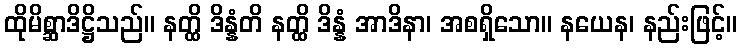
ထိုမိစ္ဆာဒိဋ္ဌိသည်။ နတ္ထိ ဒိန္နံတိ နတ္ထိ ဒိန္နံ အာဒိနာ၊ အစရှိသော။ နယေန၊ နည်းဖြင့်။